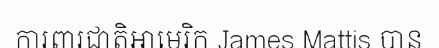
ការពារជាតិអាមេរិក James Mattis បាន